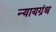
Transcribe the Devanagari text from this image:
न्यायग्रंथ